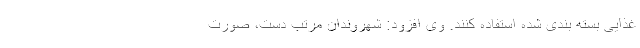
غذایی بسته بندی شده استفاده کنند. وی افزود: شهروندان مرتب دست، صورت